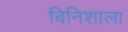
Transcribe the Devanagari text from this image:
बिनिशाला